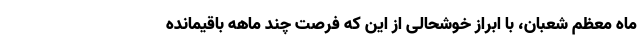
ماه معظم شعبان، با ابراز خوشحالی از این که فرصت چند ماهه باقیمانده